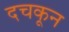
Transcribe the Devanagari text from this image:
दचकून